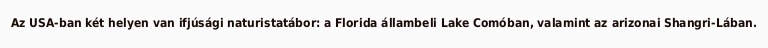
Az USA-ban két helyen van ifjúsági naturistatábor: a Florida állambeli Lake Comóban, valamint az arizonai Shangri-Lában.